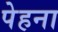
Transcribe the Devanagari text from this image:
पेहना